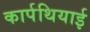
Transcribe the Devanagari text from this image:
कार्पथियाई